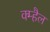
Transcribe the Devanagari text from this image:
क्म्हैल